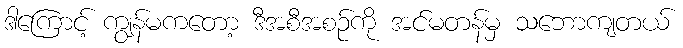
ဒါကြောင့် ကျွန်မကတော့ ဒီအစီအစဉ်ကို အင်မတန်မှ သဘောကျတယ်